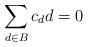
LaTeX: \begin{align*}\sum_{d\in B}c_d d=0\end{align*}